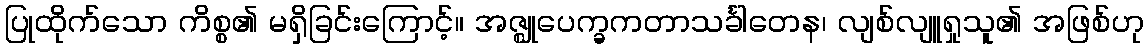
ပြုထိုက်သော ကိစ္စ၏ မရှိခြင်းကြောင့်။ အဇ္ဈုပေက္ခကတာသင်္ခါတေန၊ လျစ်လျူရှုသူ၏ အဖြစ်ဟု